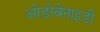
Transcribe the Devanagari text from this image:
ओडोबेनाइडी